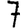
Digit: 7